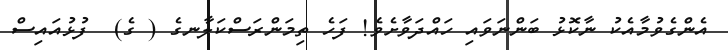
އެންގެވުމާއެކު ނާކޮޅު ބަންނަވައި ހައްދަވާށެވެ! ފަހެ ތިމަންރަސްކަލާނގެ ( ގެ)  ފުޅުއައިސް